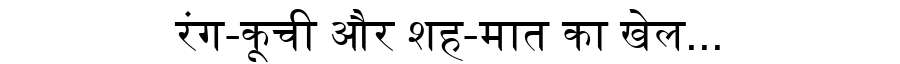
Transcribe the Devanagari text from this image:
रंग-कूची और शह-मात का खेल...